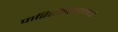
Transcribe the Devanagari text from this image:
पारितोषिकामध्ये